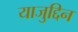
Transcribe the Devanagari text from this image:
याजुद्दिन